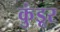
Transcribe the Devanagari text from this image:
कुंडूर